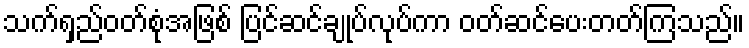
သက်ရှည်ဝတ်စုံအဖြစ် ပြင်ဆင်ချုပ်လုပ်ကာ ဝတ်ဆင်ပေးတတ်ကြသည်။